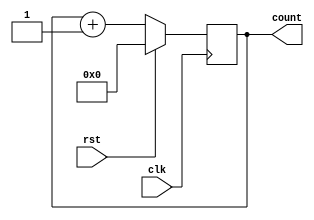
module ProCount(clk, rst, count); 
    input clk, rst; 
    output reg [63:0] count;

    always @ (posedge clk) 
    begin
        if (rst == 0)
        begin
            count = count + 1;
            // $display("count = %b", count);
        end
        else if (rst == 1)
        begin
            count = 0;
            // $display("count reset count = %b", count);
        end
    end

endmodule